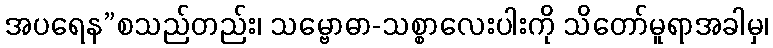
အပရေန”စသည်တည်း၊ သမ္ဗောဓာ-သစ္စာလေးပါးကို သိတော်မူရာအခါမှ၊